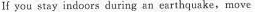
If you stay indoors during an earthquake,move